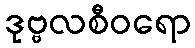
ဒုဗ္ဗလစီဝရော